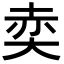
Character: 𡘥